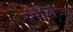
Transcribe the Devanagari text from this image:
स्मैशिज़